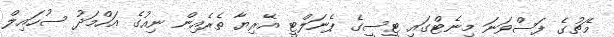
މެޗުގެ ފަސްވަނަ މިނެޓްގައި ޓީސީގެ ޕެނަލްޓީ އޭރިޔާ ތެރެއިން ނިއުގެ އަހްމަދު ސުހައިލް